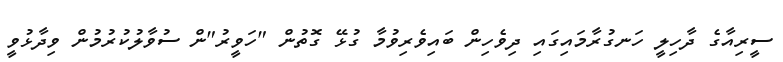
ސީރިއާގެ ދާހިލީ ހަނގުރާމައިގައި ދިވެހިން ބައިވެރިވުމާ ގުޅޭ ގޮތުން "ހަވީރު"ން ސުވާލުކުރުމުން ވިދާޅުވީ